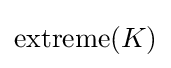
\operatorname {extreme} (K)